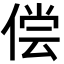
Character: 偿